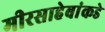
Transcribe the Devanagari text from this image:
मीरसाहेबांकडे